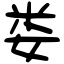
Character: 娄